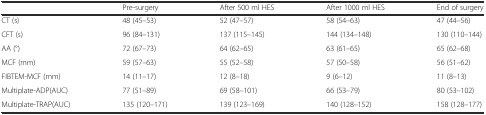
<table><thead><tr><td></td><td><b>Pre-surgery</b></td><td><b>After 500 ml HES</b></td><td><b>After 1000 ml HES</b></td><td><b>End of surgery</b></td></tr></thead><tbody><tr><td>CT (s)</td><td>48 (45–53)</td><td>52 (47–57)</td><td>58 (54–63)</td><td>47 (44–56)</td></tr><tr><td>CFT (s)</td><td>96 (84–131)</td><td>137 (115–145)</td><td>144 (134–148)</td><td>130 (110–144)</td></tr><tr><td>AA (°)</td><td>72 (67–73)</td><td>64 (62–65)</td><td>63 (61–65)</td><td>65 (62–68)</td></tr><tr><td>MCF (mm)</td><td>59 (57–63)</td><td>55 (52–58)</td><td>57 (50–58)</td><td>56 (51–62)</td></tr><tr><td>FIBTEM-MCF (mm)</td><td>14 (11–17)</td><td>12 (8–18)</td><td>9 (6–12)</td><td>11 (8–13)</td></tr><tr><td>Multiplate-ADP(AUC)</td><td>77 (51–89)</td><td>69 (58–101)</td><td>66 (53–79)</td><td>80 (53–102)</td></tr><tr><td>Multiplate-TRAP(AUC)</td><td>135 (120–171)</td><td>139 (123–169)</td><td>140 (128–152)</td><td>158 (128–177)</td></tr></tbody></table>